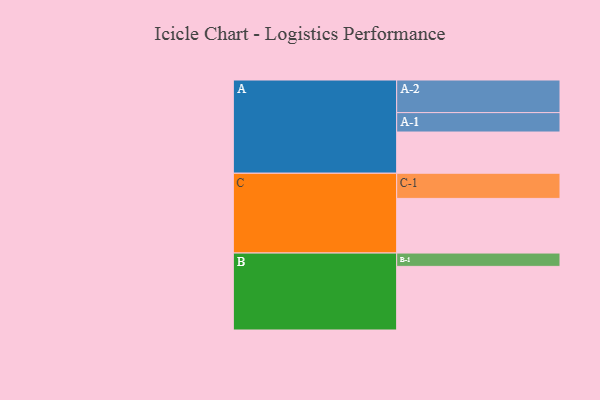
{"axis": {"x": "Segment", "y": "Value"}, "legend": ["", "A", "B", "C"], "data": [{"x": "A", "y": 359, "type": ""}, {"x": "B", "y": 554, "type": ""}, {"x": "C", "y": 476, "type": ""}, {"x": "A-1", "y": 169, "type": "A"}, {"x": "A-2", "y": 284, "type": "A"}, {"x": "B-1", "y": 116, "type": "B"}, {"x": "C-1", "y": 219, "type": "C"}]}